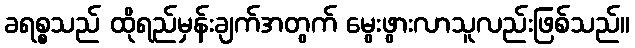
ခရစ္စသည် ထိုရည်မှန်းချက်အတွက် မွေးဖွားလာသူလည်းဖြစ်သည်။